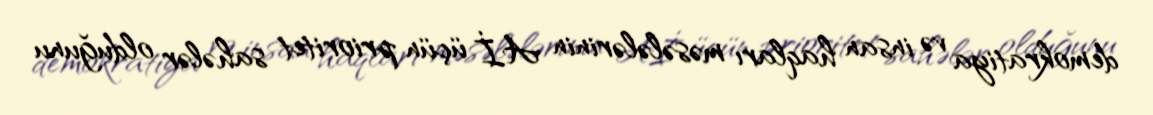
demokratiya və insan haqları məsələlərinin Aİ üçün prioritet sahələr olduğunu